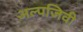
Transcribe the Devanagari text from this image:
अल्पजिवी